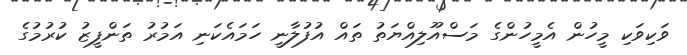
ވަކިވަކި މީހުން އެމީހުންގެ މަސްއޫލިއްޔަތު ތައް އުފުލާނީ ހަމައެކަނި އަމުރު ތަންފީޒު ކުރުމުގެ